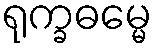
ရုက္ခဓမ္မေ